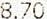
8.70